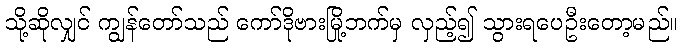
သို့ဆိုလျှင် ကျွန်တော်သည် ကော်ဒိုဗားမြို့ဘက်မှ လှည့်၍ သွားရပေဦးတော့မည်။